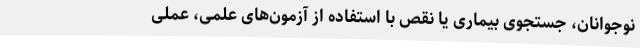
نوجوانان، جستجوی بیماری یا نقص با استفاده از آزمون‌های علمی، عملی